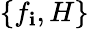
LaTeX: \{ f_{\mathbf{i}},H\}